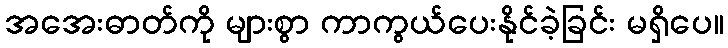
အအေးဓာတ်ကို များစွာ ကာကွယ်ပေးနိုင်ခဲ့ခြင်း မရှိပေ။